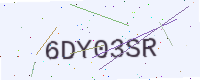
Text: 6DY03SR